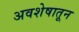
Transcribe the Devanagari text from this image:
अवशेषातून